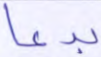
بدعا